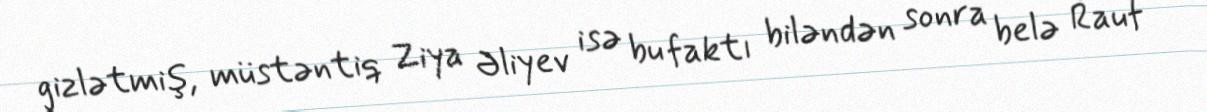
gizlətmiş, müstəntiq Ziya Əliyev isə bu faktı biləndən sonra belə Rauf